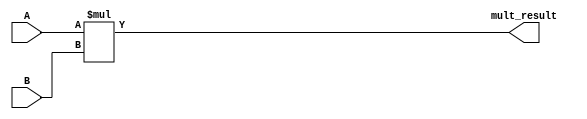
module multiply(input signed[31:0] A,
                input signed[31:0] B,
                output signed [63:0] mult_result);

    assign mult_result=A*B; //mult

endmodule